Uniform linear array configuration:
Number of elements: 32
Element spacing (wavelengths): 0.5
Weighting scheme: uniform
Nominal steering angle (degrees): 30
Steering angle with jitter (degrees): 30.904
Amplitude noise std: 0.05
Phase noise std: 0.05

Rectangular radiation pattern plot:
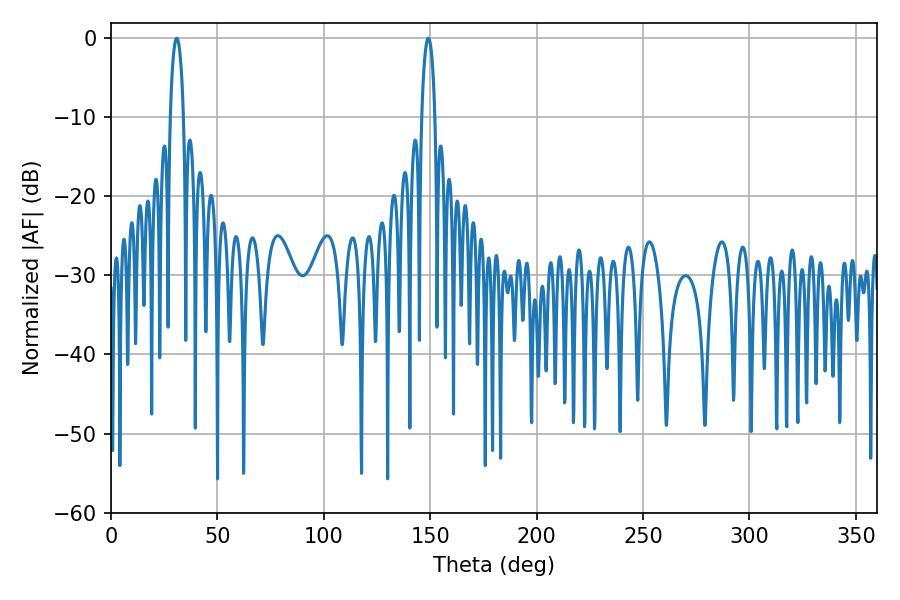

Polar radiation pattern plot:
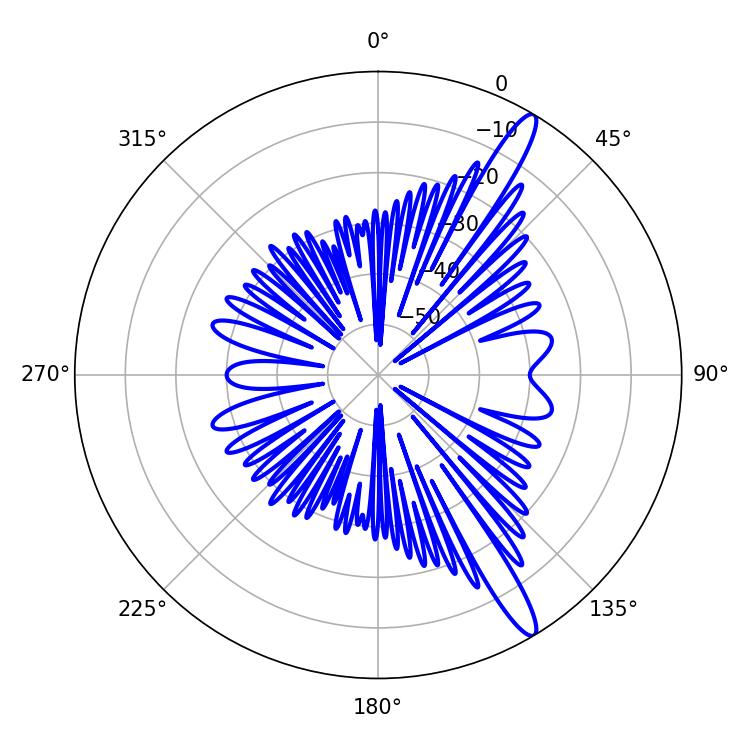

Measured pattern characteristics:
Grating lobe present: FALSE
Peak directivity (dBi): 14.298
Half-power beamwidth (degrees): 3.42
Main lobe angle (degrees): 149.04